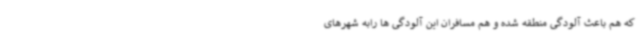
که هم باعث آلودگی منطقه شده و هم مسافران این آلودگی ها رابه شهرهای